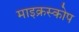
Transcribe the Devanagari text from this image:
माइक्रस्कोप